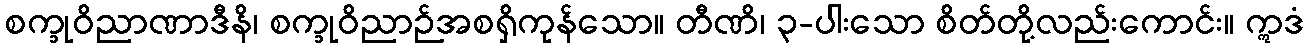
စက္ခုဝိညာဏာဒီနိ၊ စက္ခုဝိညာဉ်အစရှိကုန်သော။ တီဏိ၊ ၃-ပါးသော စိတ်တို့လည်းကောင်း။ ဣဒံ